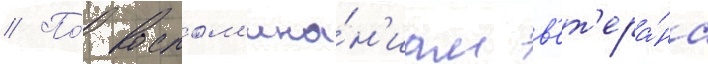
// По́ воспом'ина́н'иам в'ет'ера́на